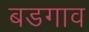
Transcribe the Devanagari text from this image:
बडगाव